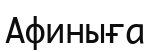
Афиныға